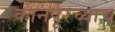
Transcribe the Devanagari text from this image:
कानपूरच्याच